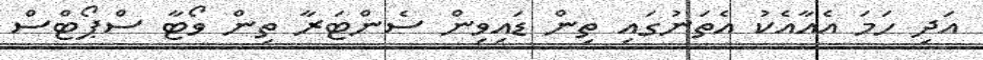
އަދި ހަމަ އެއާއެކު އެތަނުގައި ތިން ޑައިވިން ސެންޓަރާ ތިން ވޯޓާ ސްޕޯޓްސް